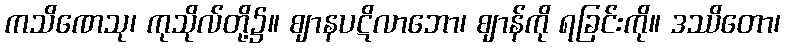
ကသိဏေသု၊ ကုသိုလ်တို့၌။ ဈာနပဋိလာဘော၊ ဈာန်ကို ရခြင်းကို။ ဒဿိတော၊